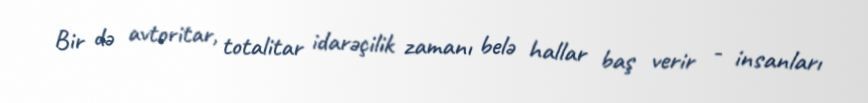
Bir də avtoritar, totalitar idarəçilik zamanı belə hallar baş verir - insanları